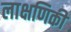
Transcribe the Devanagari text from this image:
लाक्षणिकी